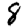
Digit: 8